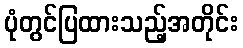
ပုံတွင်ပြထားသည့်အတိုင်း